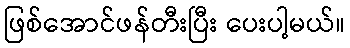
ဖြစ်အောင်ဖန်တီးပြီး ပေးပါ့မယ်။